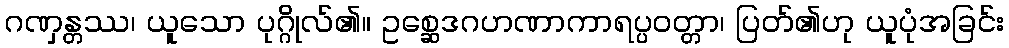
ဂဏှန္တဿ၊ ယူသော ပုဂ္ဂိုလ်၏။ ဥစ္ဆေဒဂဟဏာကာရပ္ပဝတ္တာ၊ ပြတ်၏ဟု ယူပုံအခြင်း